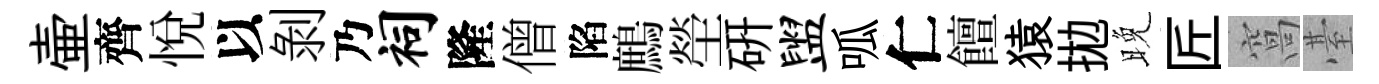
壷齊悅以剥乃祠隆僧陷鷓塋硏盥呱仁饘猿拋晚匠窩䑓